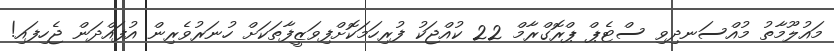
މައުލޫމާތު މުއްސަނދިވި ސްޓެޕް ޕްރޮގްރާމް 22 ކުއްޖަކު ފުރިހަމަކޮށްފިވަޒީފާތަކަށް ހުނަރުވެރިން އުފައްދަން ޖެހިފައި!